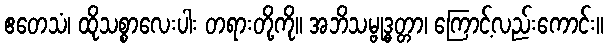
ဧတေသံ၊ ထိုသစ္စာလေးပါး တရားတို့ကို။ အဘိသမ္ဗုဒ္ဓတ္တာ၊ ကြောင့်လည်းကောင်း။